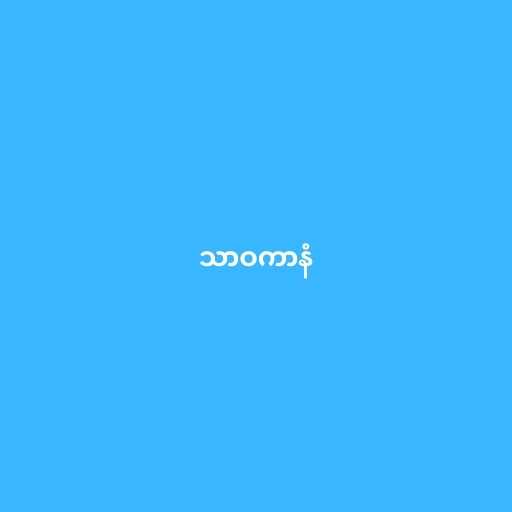
သာဝကာနံ